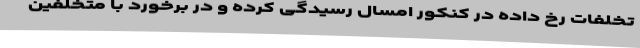
تخلفات رخ داده در کنکور امسال رسیدگی کرده و در برخورد با متخلفین